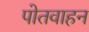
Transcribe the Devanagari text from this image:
पोतवाहन